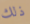
ذلك